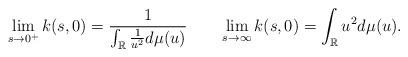
LaTeX: \begin{align*} \lim_{s\rightarrow 0^+} k(s,0)=\frac{1}{\int_\mathbb{R}\frac{1}{u^2}d\mu(u)} \qquad\lim_{s\rightarrow \infty} k(s,0)=\int_\mathbb{R}u^2 d\mu(u).\end{align*}